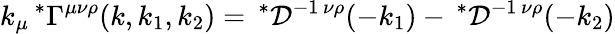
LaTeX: k_{\mu}\, ^{\ast}\Gamma^{\mu\nu\rho}(k,k_{1},k_{2})=\, ^{\ast}{\cal D}^{-1\, \nu\rho}(-k_{1})-\, ^{\ast}{\cal D}^{-1\, \nu\rho}(-k_{2})